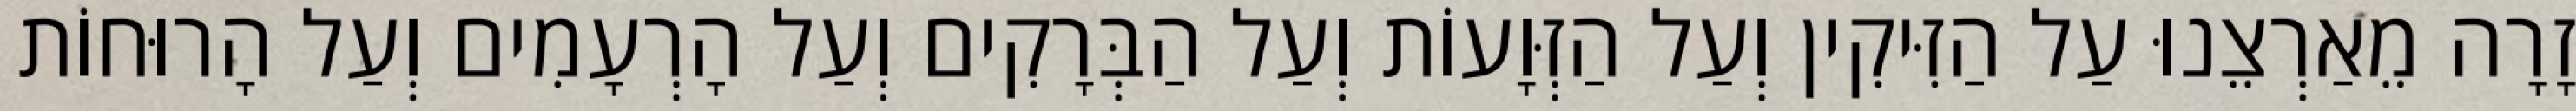
זָרָה מֵאַרְצֵנוּ עַל הַזִּיקִין וְעַל הַזְּוָעוֹת וְעַל הַבְּרָקִים וְעַל הָרְעָמִים וְעַל הָרוּחוֹת